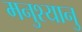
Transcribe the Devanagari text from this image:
मनुश्‍यानु